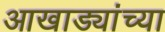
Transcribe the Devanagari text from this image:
आखाड्यांच्या